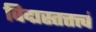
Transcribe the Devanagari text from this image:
विद्मस्तत्तत्त्वं